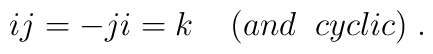
ij = - ji = k \; \; \; \; (and \; \; cyclic) \; .